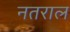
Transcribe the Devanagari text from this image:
नतराल